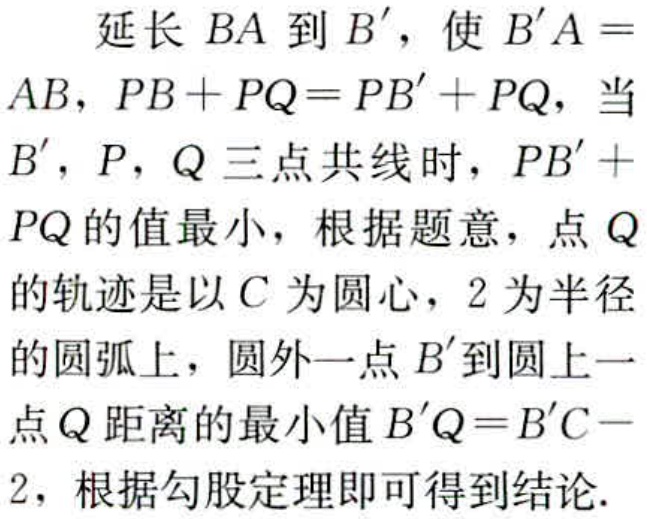
延长 \(BA\) 到 \(B'\)，使 \(B'A = AB\)，\(PB + PQ = PB' + PQ\)，当 \(B'\)，\(P\)，\(Q\) 三点共线时，\(PB' + PQ\) 的值最小，根据题意，点 \(Q\) 的轨迹是以 \(C\) 为圆心，\(2\) 为半径的圆弧上，圆外一点 \(B'\) 到圆上一点 \(Q\) 距离的最小值 \(B'Q = B'C - 2\)，根据勾股定理即可得到结论.